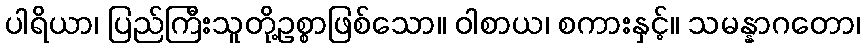
ပါရိယာ၊ ပြည်ကြီးသူတို့ဥစ္စာဖြစ်သော။ ဝါစာယ၊ စကားနှင့်။ သမန္နာဂတော၊